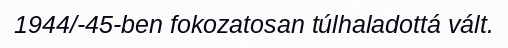
1944/-45-ben fokozatosan túlhaladottá vált.